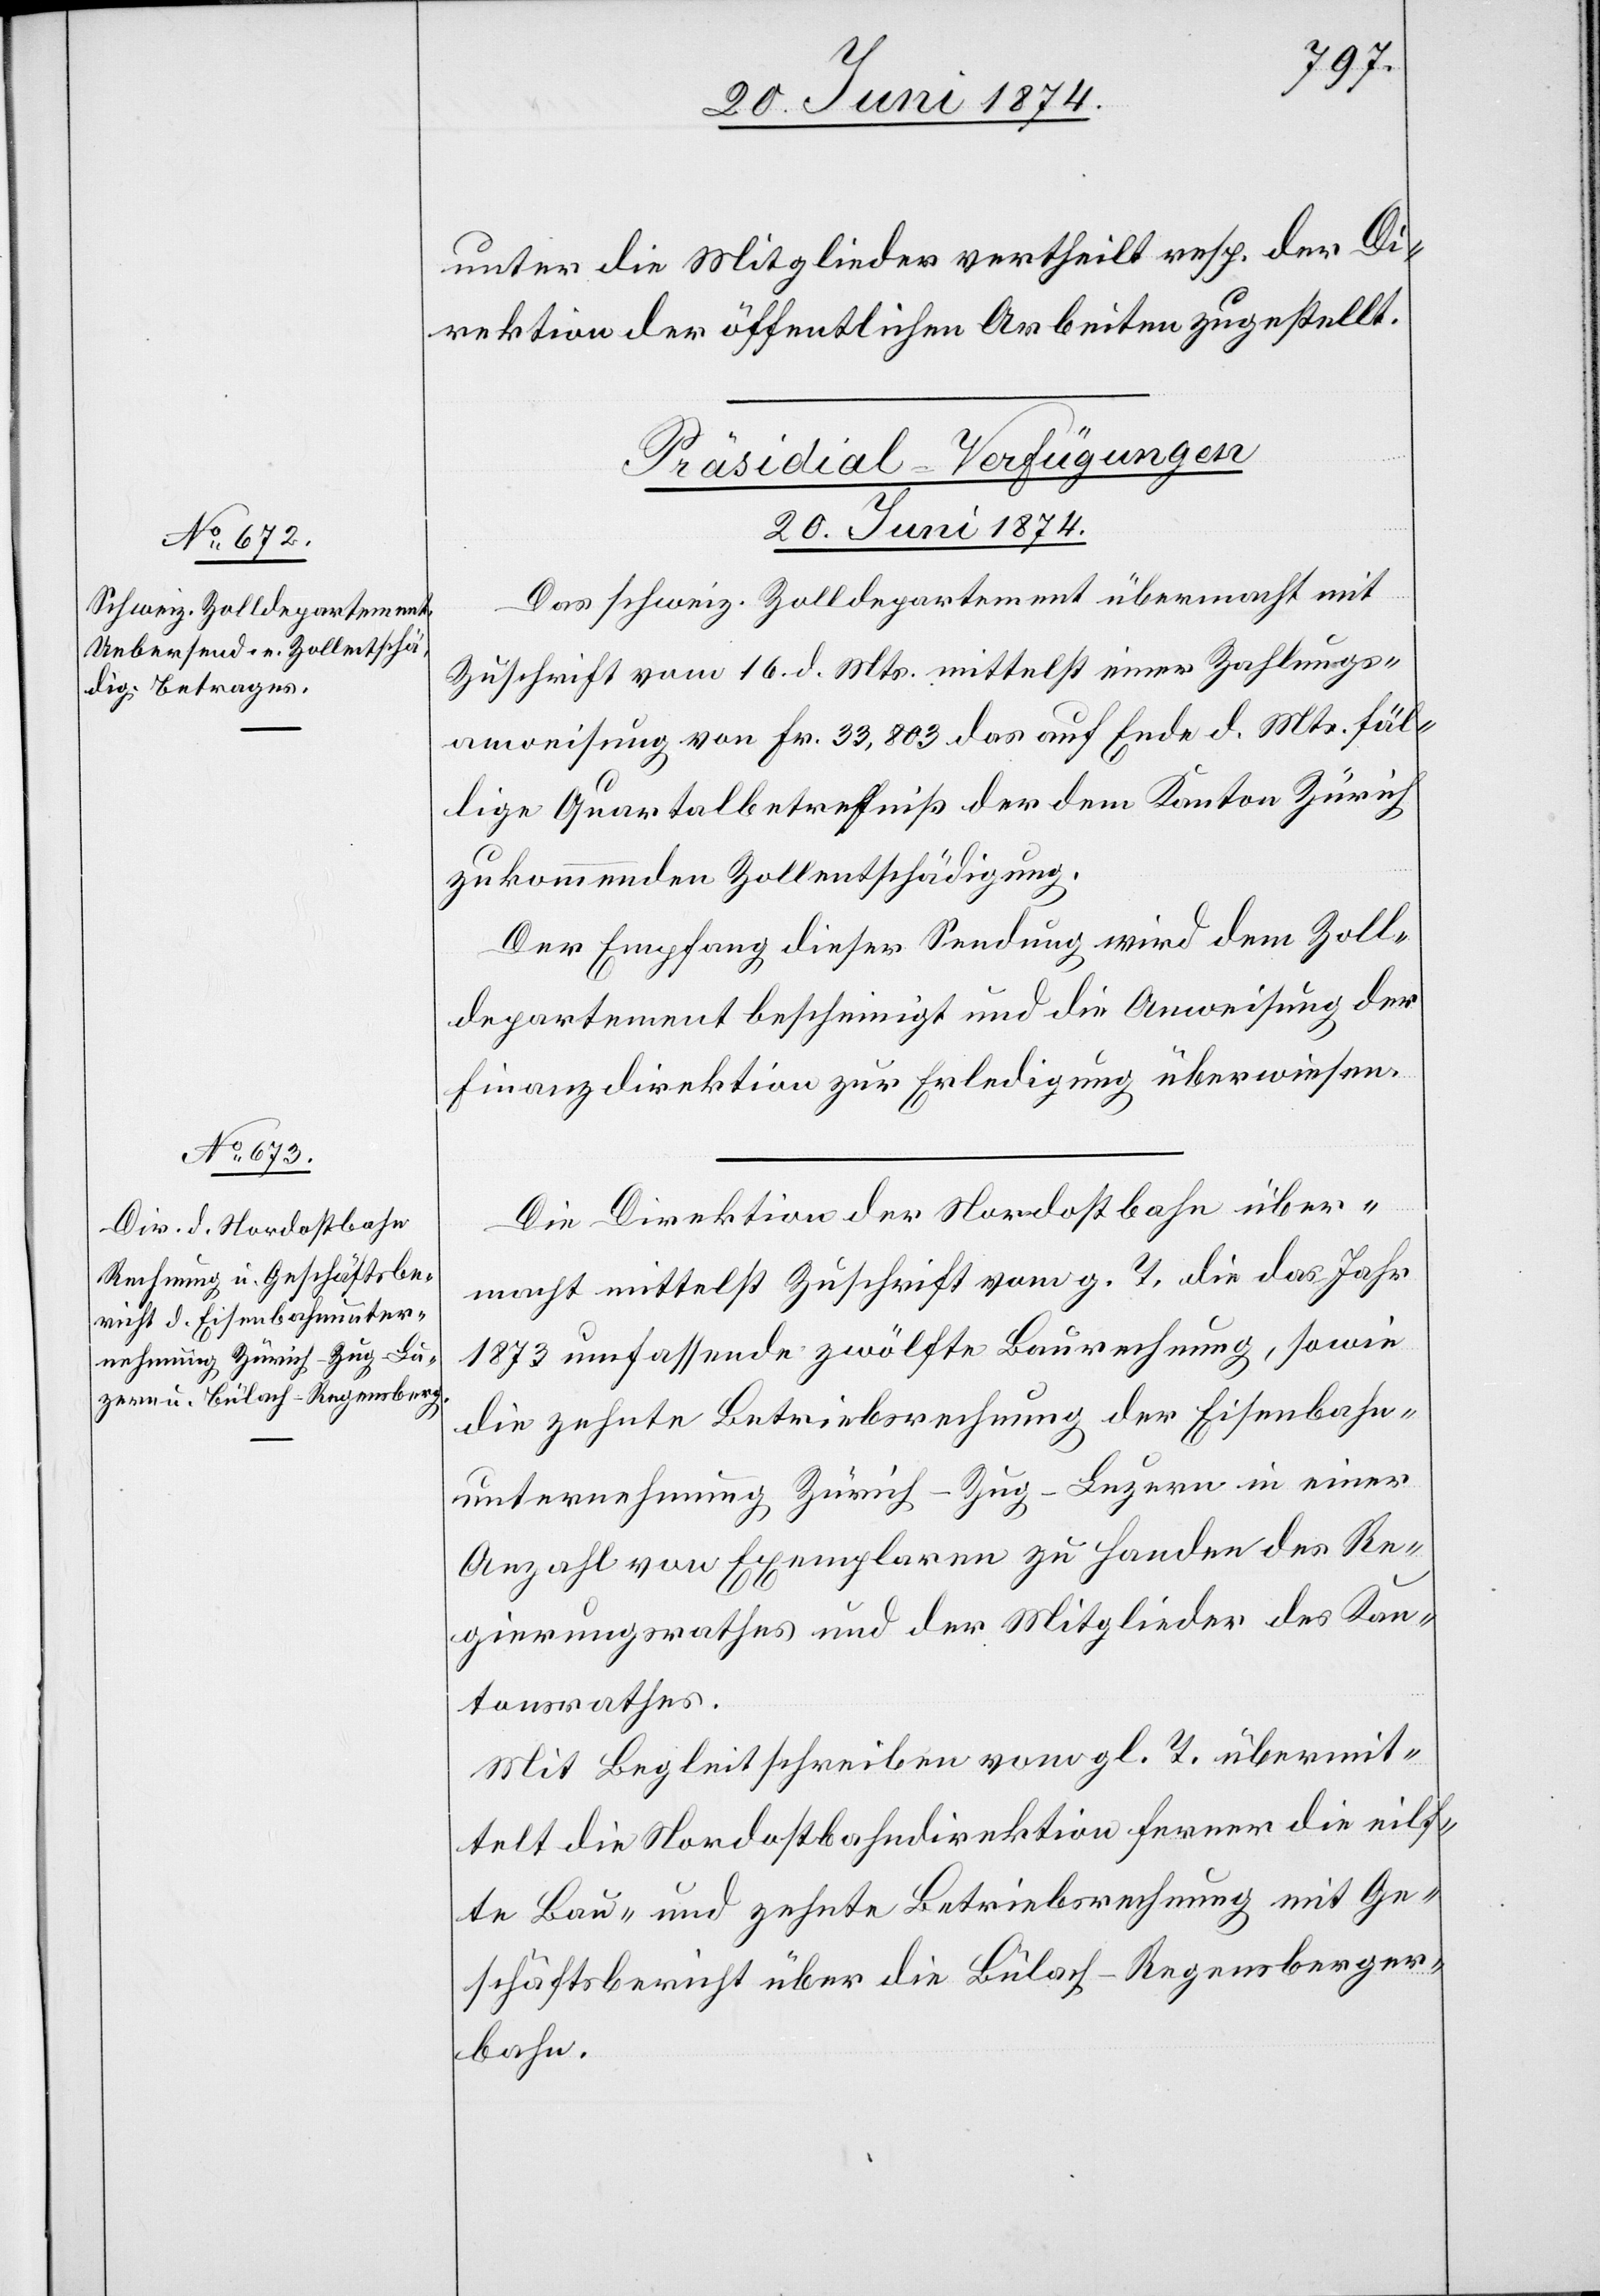
unter die Mitglieder vertheilt resp. der Di¬
rektion der öffentlichen Arbeiten zugestellt.
[Präsidial-Verfügungen
20. Juni 1874.]
Das schweiz. Zolldepartement übermacht mit
Zuschrift vom 16. d. Mts. mittelst einer Zahlungs¬
anweisung von Fr. 33,803 das auf Ende d. Mts. fäl¬
lige Quartalsbetreffniß der dem Kanton Zürich
zukommenden Zollentschädigung.
Der Empfang dieser Sendung wird dem Zoll¬
departement bescheinigt und die Anweisung der
Finanzdirektion zur Erledigung überwiesen.
Die Direktion der Nordostbahn über¬
macht mittelst Zuschrift vom g. T. die das Jahr
1873 umfassende zwölfte Baurechnung, sowie
die zehnte Betriebsrechnung der Eisenbahn¬
unternehmung Zürich-Zug-Luzern in einer
Anzahl von Exemplaren zu Handen des Re¬
gierungsrathes und der Mitglieder des Kan¬
tonsrathes.
Mit Begleitschreiben vom gl. T. übermit¬
telt die Nordostbahndirektion ferner die eilf¬
te Bau- und zehnte Betriebsrechnung mit Ge¬
schäftsbericht über die Bülach-Regensberger¬
bahn.